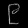
Digit: ၉